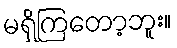
မရှိကြတော့ဘူး။